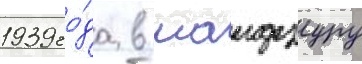
1939 го́да в маидзуру